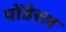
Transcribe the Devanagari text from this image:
पोंडेरल